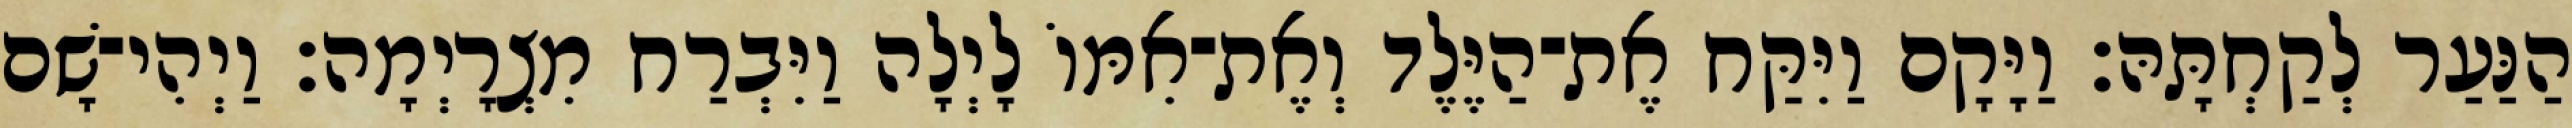
הַנַּעַר לְקַחְתָּהּ׃ וַיָּקָם וַיִּקַּח אֶת־הַיֶּלֶד וְאֶת־אִמּוֹ לָיְלָה וַיִּבְרַח מִצְרָיְמָה׃ וַיְהִי־שָׁם